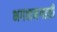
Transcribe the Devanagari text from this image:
भगवानगडही